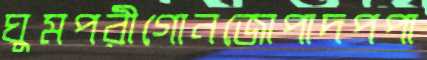
ঘুমপরীগোনজোপাদপপা